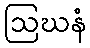
ဩဃနံ